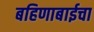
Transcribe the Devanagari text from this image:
बहिणाबाईचा